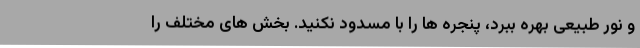
و نور طبیعی بهره ببرد، پنجره ها را با مسدود نکنید. بخش های مختلف را